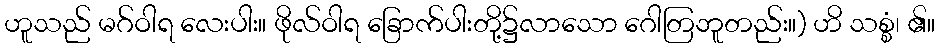
ဟူသည် မဂ်ဝါရ လေးပါး။ ဖိုလ်ဝါရ ခြောက်ပါးတို့၌လာသော ဂေါတြဘူတည်း။) ဟိ သစ္စံ၊ ၏။